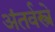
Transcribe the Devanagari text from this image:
अंतर्वस्त्रे